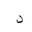
Letter: _dal